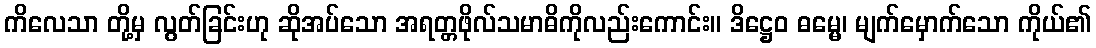
ကိလေသာ တို့မှ လွတ်ခြင်းဟု ဆိုအပ်သော အရတ္တဖိုလ်သမာဓိကိုလည်းကောင်း။ ဒိဋ္ဌေဝ ဓမ္မေ၊ မျက်မှောက်သော ကိုယ်၏